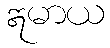
ဣမာယ